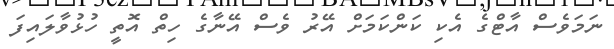
ނަމަވެސް އާޓްގެ އެކި ކަންކަމަށް އޭރު ވެސް އޭނާގެ ހިތް އޮތީ ހުޅުވާލައިފަ